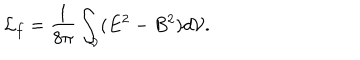
{ \cal L } _ { f } = \frac { 1 } { 8 \pi } \int _ { \cal V } ( E ^ { 2 } - B ^ { 2 } ) d { \cal V } .